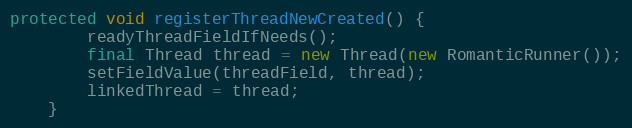
Language: Java
protected void registerThreadNewCreated() {
        readyThreadFieldIfNeeds();
        final Thread thread = new Thread(new RomanticRunner());
        setFieldValue(threadField, thread);
        linkedThread = thread;
    }